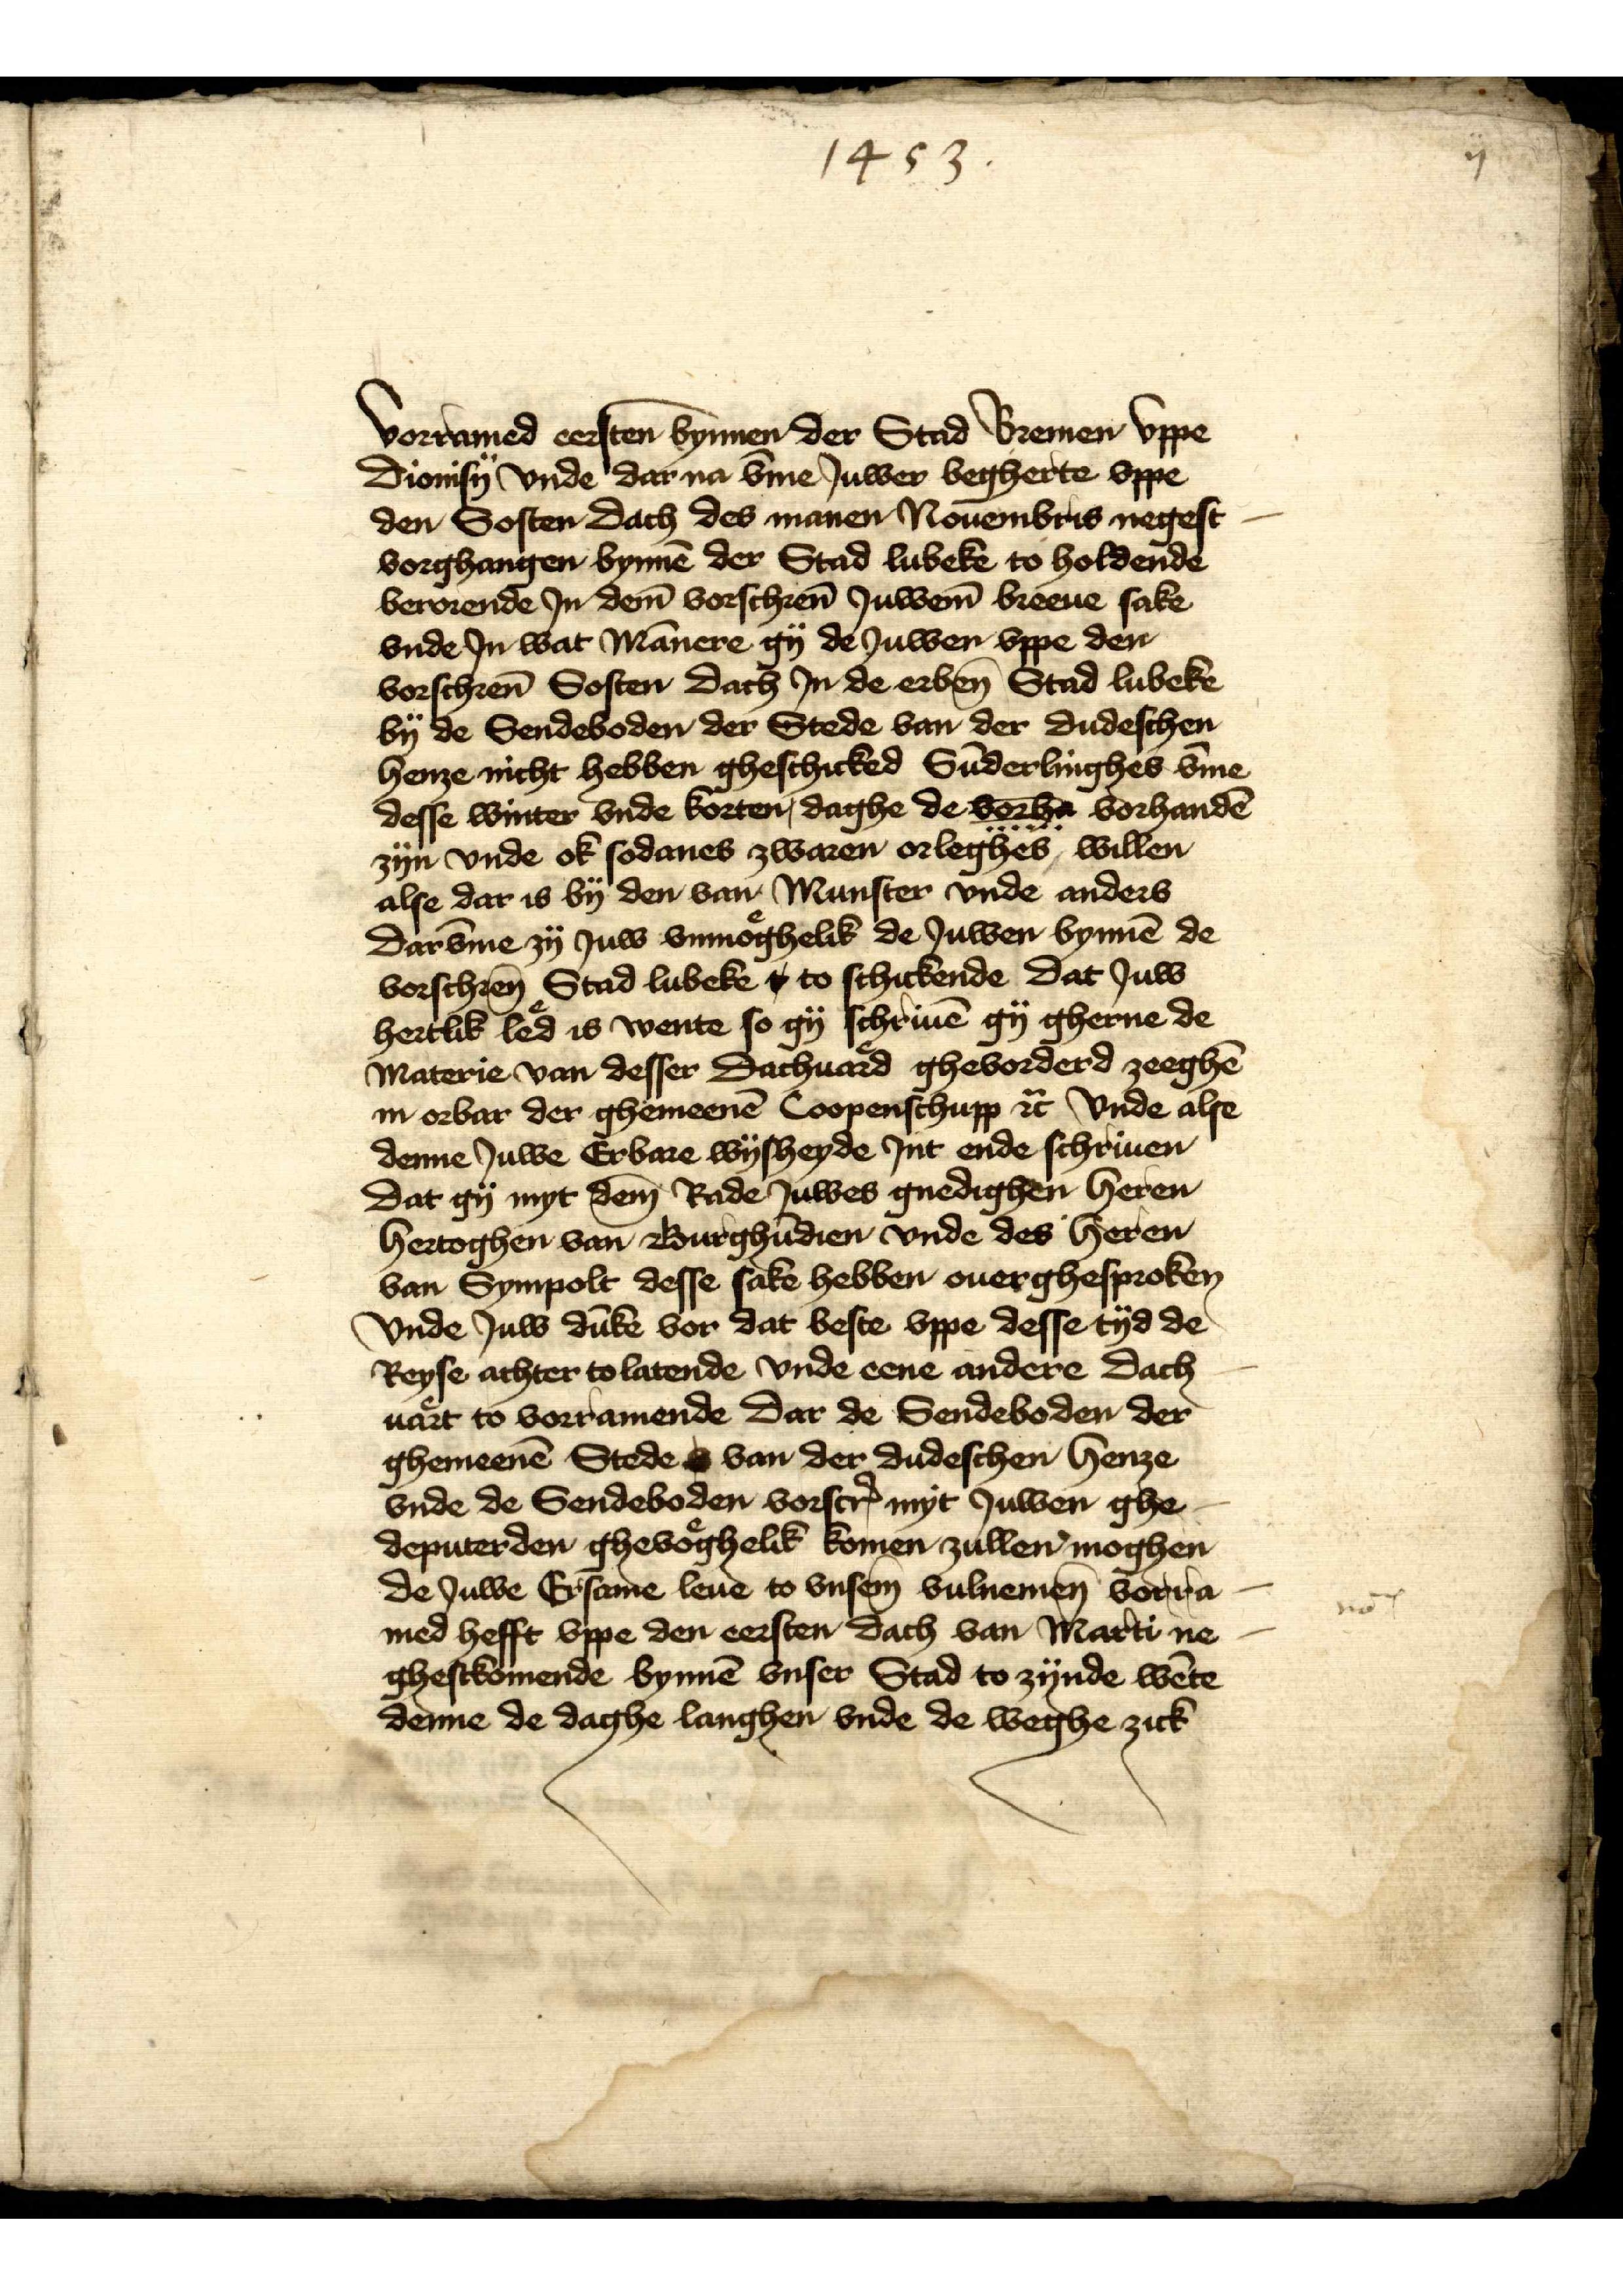
1453

vorramed eersten bynnen der Stad Bremen vppe
Dionisy vnde dar na v̄me Juwer begherte vppe 
den Sosten dach des manen Nouembris negest
vorghangen bynnē der Stad Lubeke to holdende
berorende Jn dem vorschrēn Juwem breeue sake 
vnde Jn wat Mānere gy de Juwen vppe den 
vorschrēn Sosten dach Jn de erben̄ Stad Lubeke 
by de Sendeboden der Stede van der dudeschen
henze nicht hebben gheschicked Sūderlinghes v̄me 
desse winter vnde korten, daghe de verhan vorhandē 
zyn vnde ok sodanes zwaren orleghes, willen
alse dar is by den van Munster vnde anders
darv̄me zy Juw vnmoghelik de Juwen bynnē de 
vorschrēn Stad Lubeke t to schickende, dat Juw 
hertlik led is wente so gy schriuē gy gherne de
Materie van desser Dachuord ghevorderd zeeghē
in orbar der ghemeenē Coopenschupp et̉ vnde alse 
denne Juwe Erbare wysheyde Jnt ende schriuen
dat gy myt dem Rade Juwes gnedighen heren
hertoghen van Burghūdien vnde des heren
van Sympolt desse sake hebben ouerghesproken
vnde Juw dūkē vor dat beste vppe desse tyd de 
Reyse achter to latende vnde eene andere dach¬
uart to vorramende dar de Sendeboden der
ghemeenē Stede s van der dudeschen henze 
vnde de Sendeboden vorscrꝬ myt Juwen ghe¬ 
deputerden ghevoghelik komen zullen moghen
de Juwe Ersame leue to vnsem vulnemen̄ vorra¬
med hefft vppe den eersten dach van Marti ne¬
ghestkomende bynnē vnser Stad to zynde wēte 
denne de daghe langhen vnde de weghe zick

ij